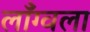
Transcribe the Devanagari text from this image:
लाँग्वला